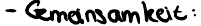
- Gemeinsamkeit: